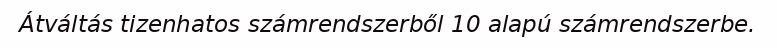
Átváltás tizenhatos számrendszerből 10 alapú számrendszerbe.